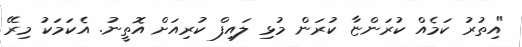
"އިތުރު ކަމެއް ކުރަންޏާ ކުރަން މުޅި ލައިފް ކުރިއަށް އޮތީނު. އެކަމަކު މިރޭ